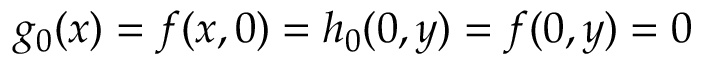
g _ { 0 } ( x ) = f ( x , 0 ) = h _ { 0 } ( 0 , y ) = f ( 0 , y ) = 0